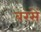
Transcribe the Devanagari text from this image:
बरसें